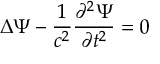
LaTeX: \Delta \Psi - { \frac { 1 } { c ^ { 2 } } } { \frac { \partial ^ { 2 } \Psi } { \partial t ^ { 2 } } } = 0